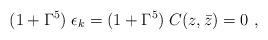
LaTeX: \begin{align*}(1 + \Gamma^5)\;\epsilon_k = (1 + \Gamma^5)\; C (z, \bar z)=0 \ ,\end{align*}